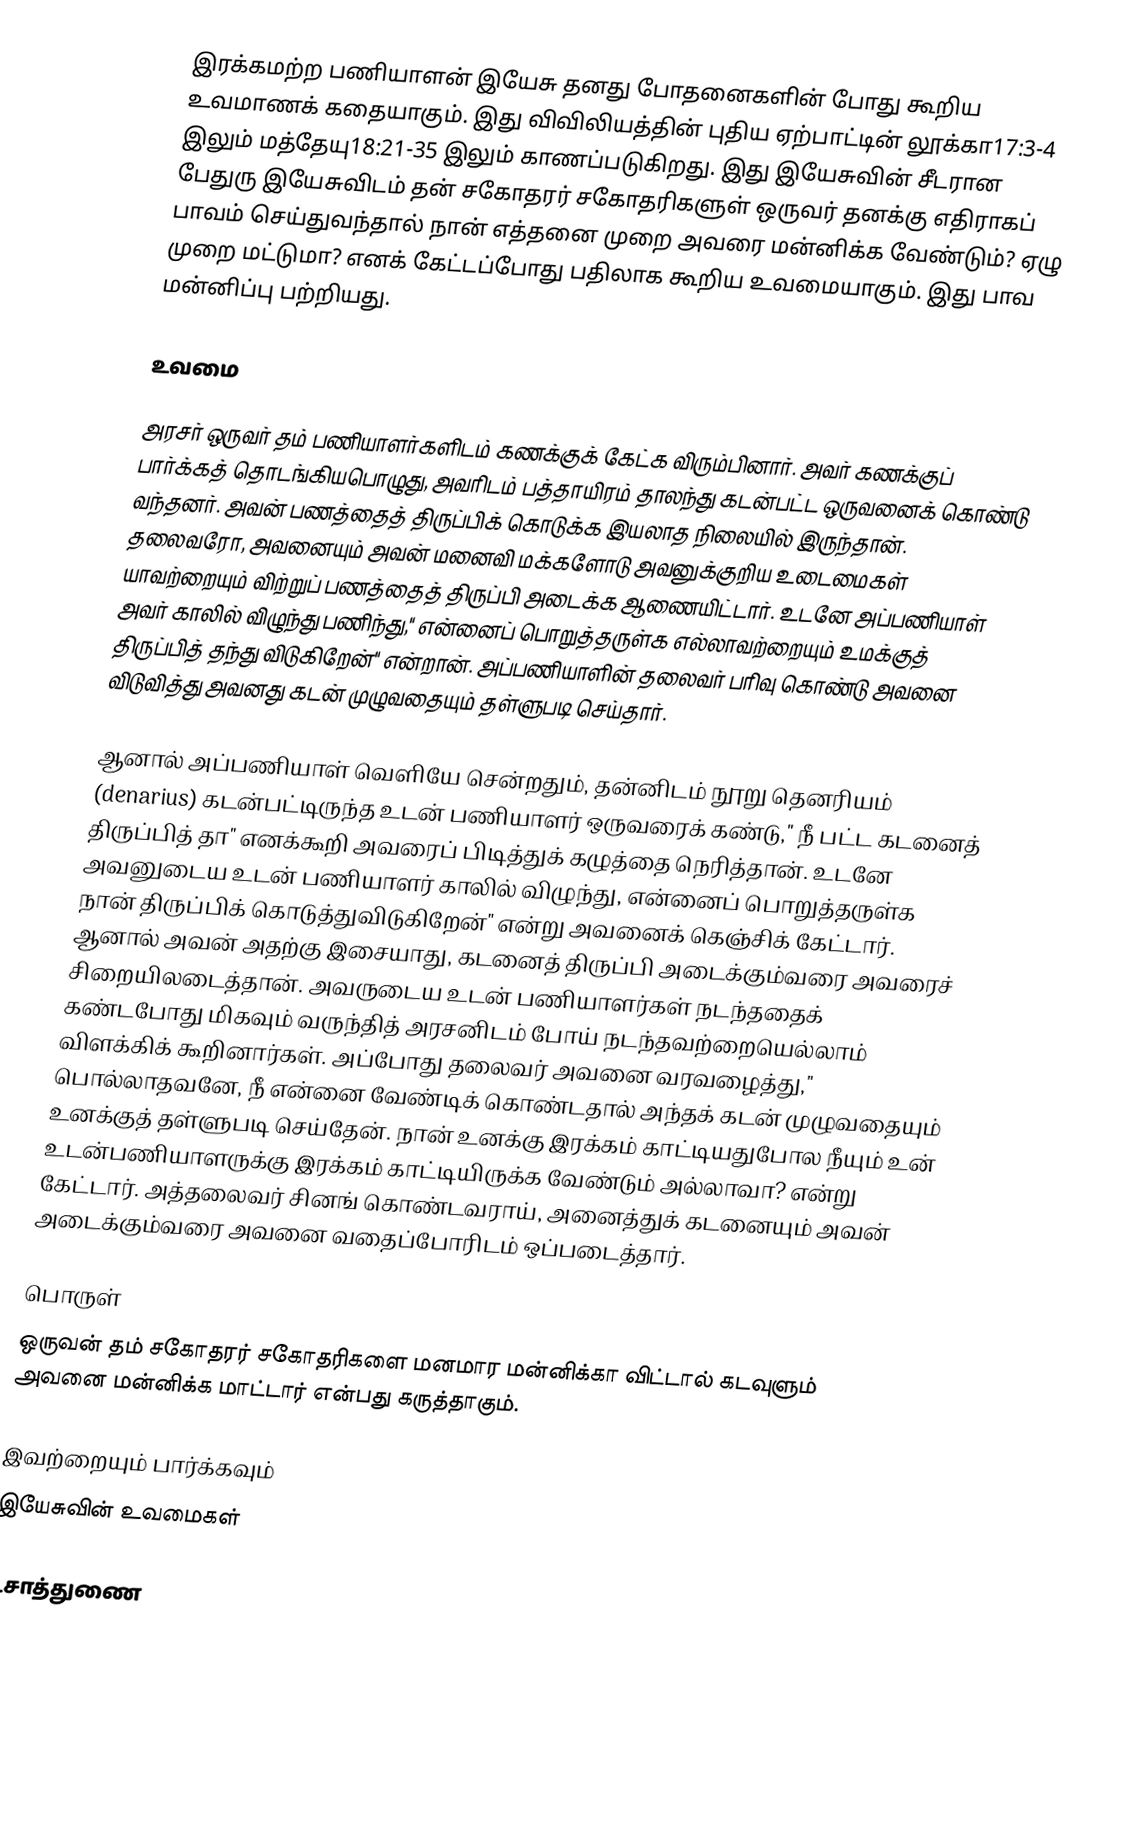
இரக்கமற்ற பணியாளன் இயேசு தனது போதனைகளின் போது கூறிய உவமாணக் கதையாகும். இது விவிலியத்தின் புதிய ஏற்பாட்டின் லூக்கா17:3-4 இலும் மத்தேயு18:21-35 இலும் காணப்படுகிறது. இது இயேசுவின் சீடரான பேதுரு இயேசுவிடம் தன் சகோதரர் சகோதரிகளுள் ஒருவர் தனக்கு எதிராகப் பாவம் செய்துவந்தால் நான் எத்தனை முறை அவரை மன்னிக்க வேண்டும்? ஏழு முறை மட்டுமா? எனக் கேட்டப்போது பதிலாக கூறிய உவமையாகும். இது பாவ மன்னிப்பு பற்றியது.

உவமை

அரசர் ஒருவர் தம் பணியாளர்களிடம் கணக்குக் கேட்க விரும்பினார். அவர் கணக்குப் பார்க்கத் தொடங்கியபொழுது, அவரிடம் பத்தாயிரம் தாலந்து கடன்பட்ட ஒருவனைக் கொண்டு வந்தனர். அவன் பணத்தைத் திருப்பிக் கொடுக்க இயலாத நிலையில் இருந்தான். தலைவரோ, அவனையும் அவன் மனைவி மக்களோடு அவனுக்குறிய உடைமைகள் யாவற்றையும் விற்றுப் பணத்தைத் திருப்பி அடைக்க ஆணையிட்டார். உடனே அப்பணியாள் அவர் காலில் விழுந்து பணிந்து," என்னைப் பொறுத்தருள்க எல்லாவற்றையும் உமக்குத் திருப்பித் தந்து விடுகிறேன்" என்றான். அப்பணியாளின் தலைவர் பரிவு கொண்டு அவனை விடுவித்து அவனது கடன் முழுவதையும் தள்ளுபடி செய்தார்.

ஆனால் அப்பணியாள் வெளியே சென்றதும், தன்னிடம் நூறு தெனரியம் (denarius) கடன்பட்டிருந்த உடன் பணியாளர் ஒருவரைக் கண்டு," நீ பட்ட கடனைத் திருப்பித் தா" எனக்கூறி அவரைப் பிடித்துக் கழுத்தை நெரித்தான். உடனே அவனுடைய உடன் பணியாளர் காலில் விழுந்து, என்னைப் பொறுத்தருள்க நான் திருப்பிக் கொடுத்துவிடுகிறேன்" என்று அவனைக் கெஞ்சிக் கேட்டார். ஆனால் அவன் அதற்கு இசையாது, கடனைத் திருப்பி அடைக்கும்வரை அவரைச் சிறையிலடைத்தான். அவருடைய உடன் பணியாளர்கள் நடந்ததைக் கண்டபோது மிகவும் வருந்தித் அரசனிடம் போய் நடந்தவற்றையெல்லாம் விளக்கிக் கூறினார்கள். அப்போது தலைவர் அவனை வரவழைத்து," பொல்லாதவனே, நீ என்னை வேண்டிக் கொண்டதால் அந்தக் கடன் முழுவதையும் உனக்குத் தள்ளுபடி செய்தேன். நான் உனக்கு இரக்கம் காட்டியதுபோல நீயும் உன் உடன்பணியாளருக்கு இரக்கம் காட்டியிருக்க வேண்டும் அல்லாவா? என்று கேட்டார்.  அத்தலைவர் சினங் கொண்டவராய், அனைத்துக் கடனையும் அவன் அடைக்கும்வரை அவனை வதைப்போரிடம் ஒப்படைத்தார்.

பொருள்
ஒருவன் தம் சகோதரர் சகோதரிகளை மனமார மன்னிக்கா விட்டால் கடவுளும் அவனை மன்னிக்க மாட்டார் என்பது கருத்தாகும்.

இவற்றையும் பார்க்கவும்
 இயேசுவின் உவமைகள்

உசாத்துணை

வ